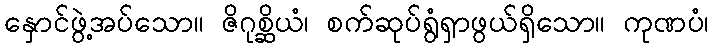
နှောင်ဖွဲ့အပ်သော။ ဇိဂုစ္ဆိယံ၊ စက်ဆုပ်ရွံရှာဖွယ်ရှိသော။ ကုဏပံ၊